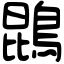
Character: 鵾